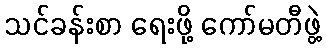
သင်ခန်းစာ ရေးဖို့ ကော်မတီဖွဲ့